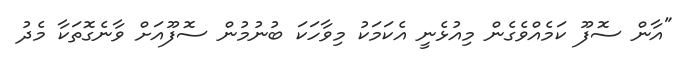
"އާން ސޮފޫ ކަމެއްވެގެން މިއުޅެނީ އެކަމަކު މިވާހަކަ ބުނުމުން ސޮފޫއަށް ވާނެގޮތަކާ މެދު